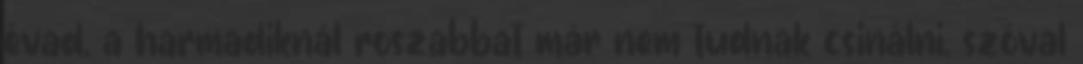
évad, a harmadiknál roszabbat már nem tudnak csinálni, szóval